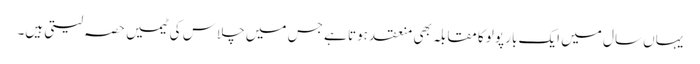
یہاں سال میں ایک بار پولو کا مقابلہ بھی منعقد ہوتا ہے جس میں چلاس کی ٹیمیں حصہ لیتی ہیں۔